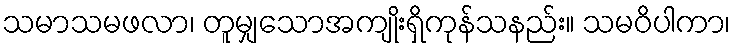
သမာသမဖလာ၊ တူမျှသောအကျိုးရှိကုန်သနည်း။ သမဝိပါကာ၊